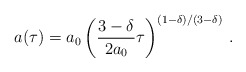
\begin{align*}a(\tau) = a_0 \left( \frac{3-\delta}{2a_0}\tau \right)^{ (1-\delta)/(3-\delta)} \,.\end{align*}